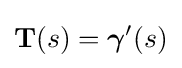
\mathbf {T} (s)={\boldsymbol {\gamma }}'(s)